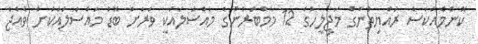
ކޮންމެއަކަސް ރައްޔިތުންގެ މަޖިލީހުގެ 12 މެމްބަރުންގެ މައްސަލައަކީ ވަރަށް ބޮޑު މައްސަލައަކަށް ވެއްޖެ